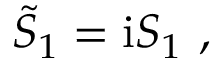
\tilde { S } _ { 1 } = \mathrm { i } S _ { 1 } \ ,